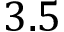
3 . 5